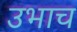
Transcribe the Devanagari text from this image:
उभाच